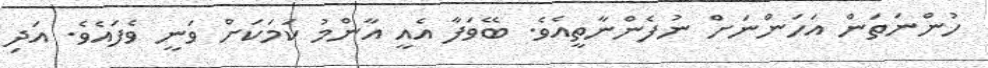
ހުންނަތަން އަހަންނަށް ނުފެންނާތީއެވެ. ބޭވަފާ އެއީ އާންމު ކަމަކަށް ވަނީ ވެފައެވެ. އަދި